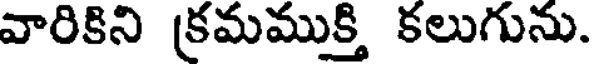
వారికిని క్రమముక్తి కలుగును.